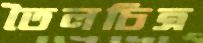
তৈলচিত্র